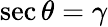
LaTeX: \sec\theta=\gamma